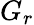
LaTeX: G_{r}